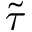
\tilde { \tau }